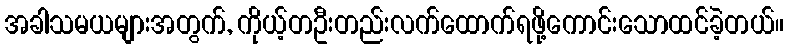
အခါသမယများအတွက်, ကိုယ့်တဦးတည်းလက်ထောက်ရဖို့ကောင်းသောထင်ခဲ့တယ်။